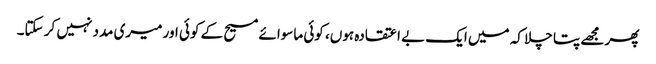
پھر مجھے پتا چلا کہ میں ایک بے اعتقادہ ہوں، کوئی ماسوائے مسیح کے کوئی اور میری مدد نہیں کر سکتا۔